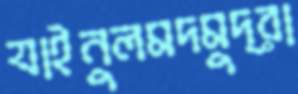
যাইনুলমদমুদ্রা